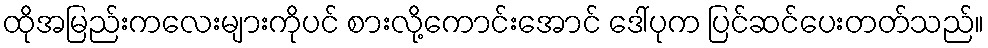
ထိုအမြည်းကလေးများကိုပင် စားလို့ကောင်းအောင် ဒေါ်ပုက ပြင်ဆင်ပေးတတ်သည်။